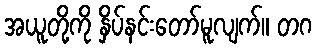
အယူတို့ကို နှိပ်နင်းတော်မူလျက်။ တဂ